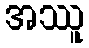
အဿူ